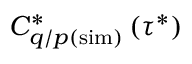
C _ { q / p ( \mathrm { s i m } ) } ^ { * } \left( \tau ^ { * } \right)